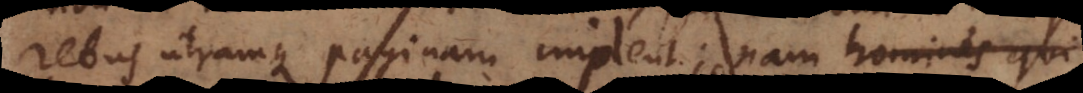
rebus utramque paginam implent; nam sine